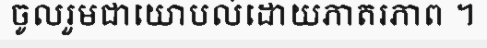
ចូលរួមជាយោបល់ដោយភាតរភាព ។